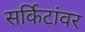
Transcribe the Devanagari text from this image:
सर्किटांवर